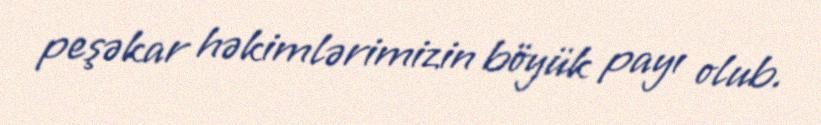
peşəkar həkimlərimizin böyük payı olub.